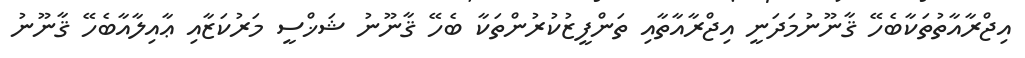
އިޖްރާއާތުތަކާބެހޭ ޤާނޫނުމަދަނީ އިޖްރާއާތާއި ތަންފީޒުކުރުންތަކާ ބެހޭ ޤާނޫނު ޝަޚްސީ މަރުކަޒާއި ޢާއިލާއާބެހޭ ޤާނޫނު